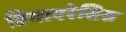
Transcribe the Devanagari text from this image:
डियाएरेसिस